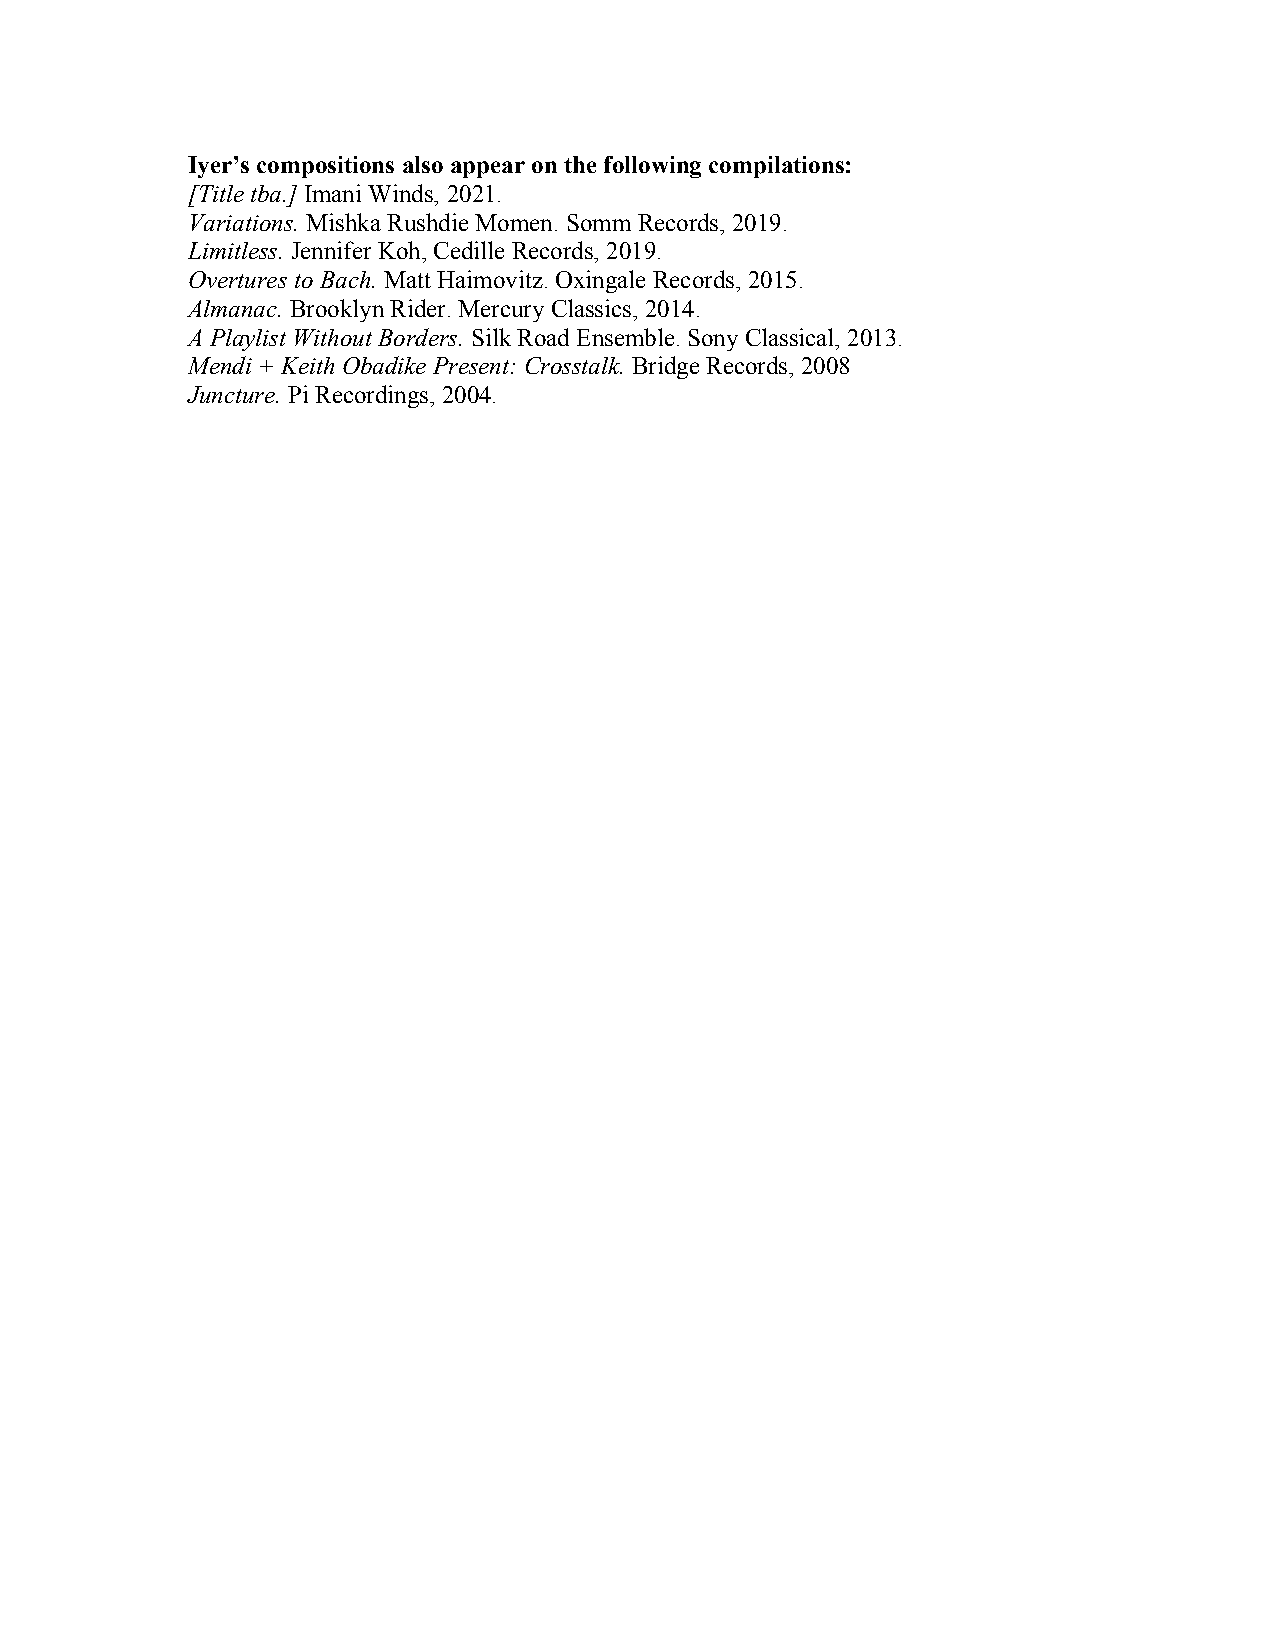
Iyer’s compositions also appear on the following compilations:
 [Title tba.] Imani Winds, 2021.
 Variations. Mishka Rushdie Momen. Somm Records, 2019.
 Limitless. Jennifer Koh, Cedille Records, 2019.
 Overtures to Bach. Matt Haimovitz. Oxingale Records, 2015.
 Almanac. Brooklyn Rider. Mercury Classics, 2014.
 A Playlist Without Borders. Silk Road Ensemble. Sony Classical, 2013.
 Mendi + Keith Obadike Present: Crosstalk. Bridge Records, 2008
 Juncture. Pi Recordings, 2004.